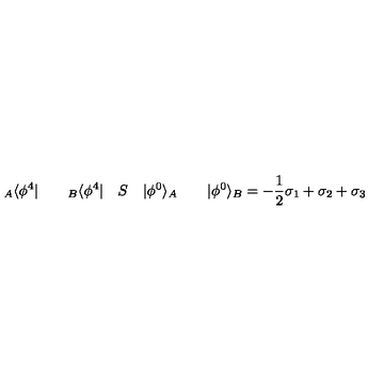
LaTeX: { } _ { A } \langle \phi ^ { 4 } | \qquad { } _ { B } \langle \phi ^ { 4 } | \quad S \quad | \phi ^ { 0 } \rangle _ { A } \qquad | \phi ^ { 0 } \rangle _ { B } = - \frac { 1 } { 2 } \sigma _ { 1 } + \sigma _ { 2 } + \sigma _ { 3 }